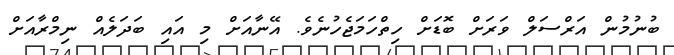
ބުނުމުން އަރްސަލް ވަރަށް ބޮޑަށް ހިތްހަމަޖެހުނެވެ. އޭނާއަށް މި އައި ބަދަލެއް ނިމްރާއަށް